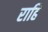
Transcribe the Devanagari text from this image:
राहि